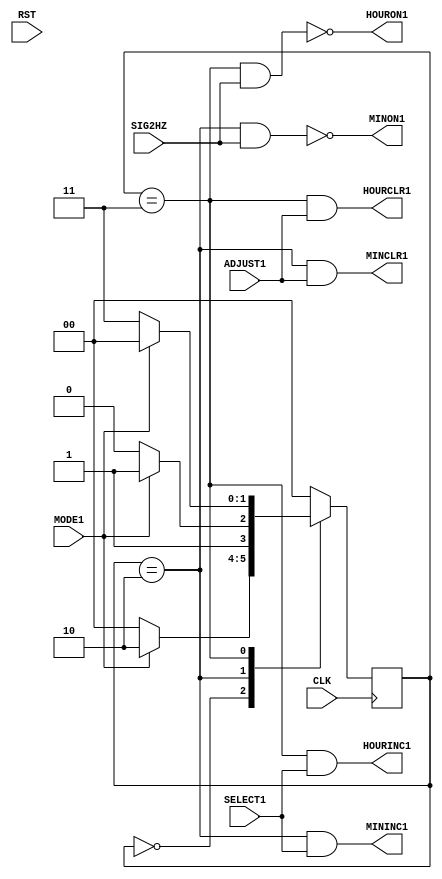
module ASTATE(
	input CLK, RST,
	input SIG2HZ,
	input MODE1, SELECT1, ADJUST1,
	output MINCLR1, HOURCLR1,
	output MININC1, HOURINC1,
	output MINON1, HOURON1
);

reg[1:0]cur, nxt;
localparam NORM=2'b00, SEC=2'b01,MIN=2'b10, HOUR=2'b11;

assign MINCLR1  = (cur==MIN)  & ADJUST1;
assign HOURCLR1 = (cur==HOUR) & ADJUST1;

assign MININC1  = (cur==MIN)  & SELECT1;
assign HOURINC1 = (cur==HOUR) & SELECT1;

assign MINON1  = ~((cur==MIN)  & SIG2HZ);
assign HOURON1 = ~((cur==HOUR) & SIG2HZ);

always @(posedge CLK) begin
	cur <= nxt;
end

always @*begin
	case(cur)
		NORM:	if(MODE1)
				nxt = MIN;
			else
				nxt = NORM;
		
		MIN:	if(MODE1)
				nxt = HOUR;
			else
				nxt = MIN;
					
		HOUR:	if(MODE1)
				nxt = NORM;
			else
				nxt = HOUR;

		default:nxt = NORM;
	endcase
end

endmodule